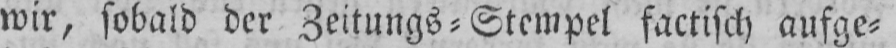
wir, sobald der Zeitungs⸗Stempel factisch aufge⸗